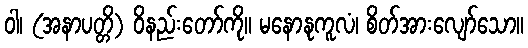
ဝါ၊ (အနာပတ္တိ) ဝိနည်းတော်ကို။ မနောနုကူလံ၊ စိတ်အားလျော်သော။